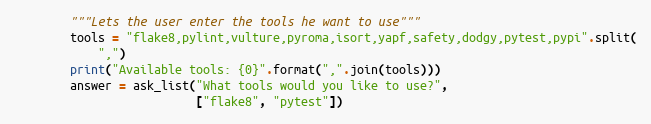
Language: Python
        """Lets the user enter the tools he want to use"""
        tools = "flake8,pylint,vulture,pyroma,isort,yapf,safety,dodgy,pytest,pypi".split(
            ",")
        print("Available tools: {0}".format(",".join(tools)))
        answer = ask_list("What tools would you like to use?",
                          ["flake8", "pytest"])